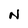
Character: N